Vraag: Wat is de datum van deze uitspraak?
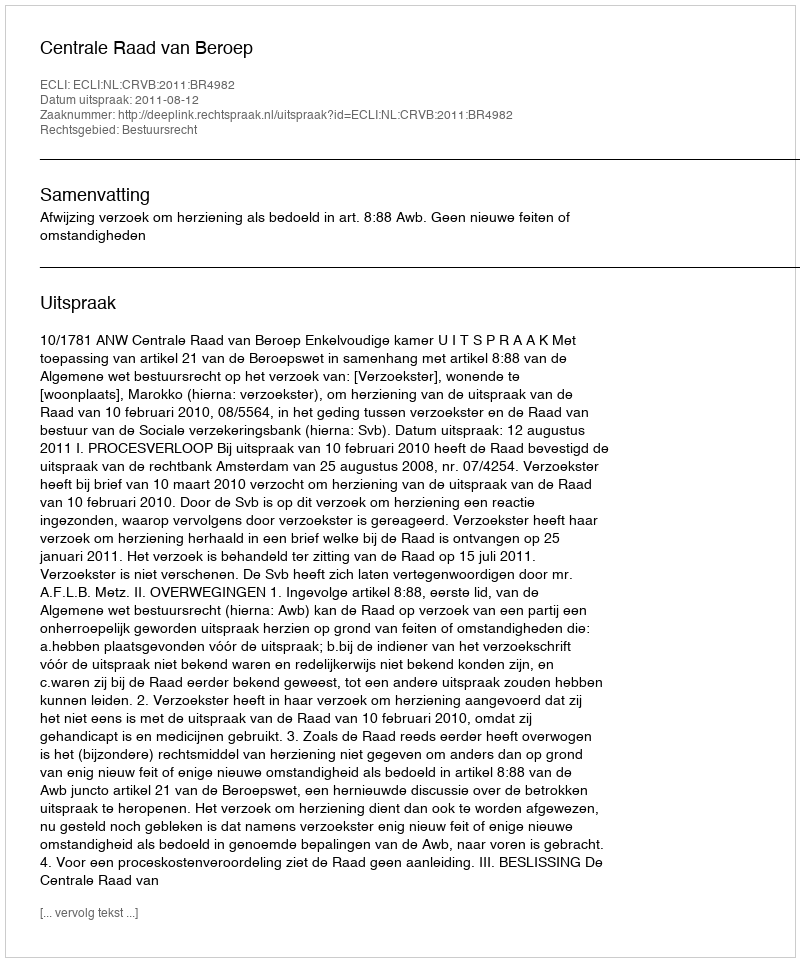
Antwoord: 2011-08-12